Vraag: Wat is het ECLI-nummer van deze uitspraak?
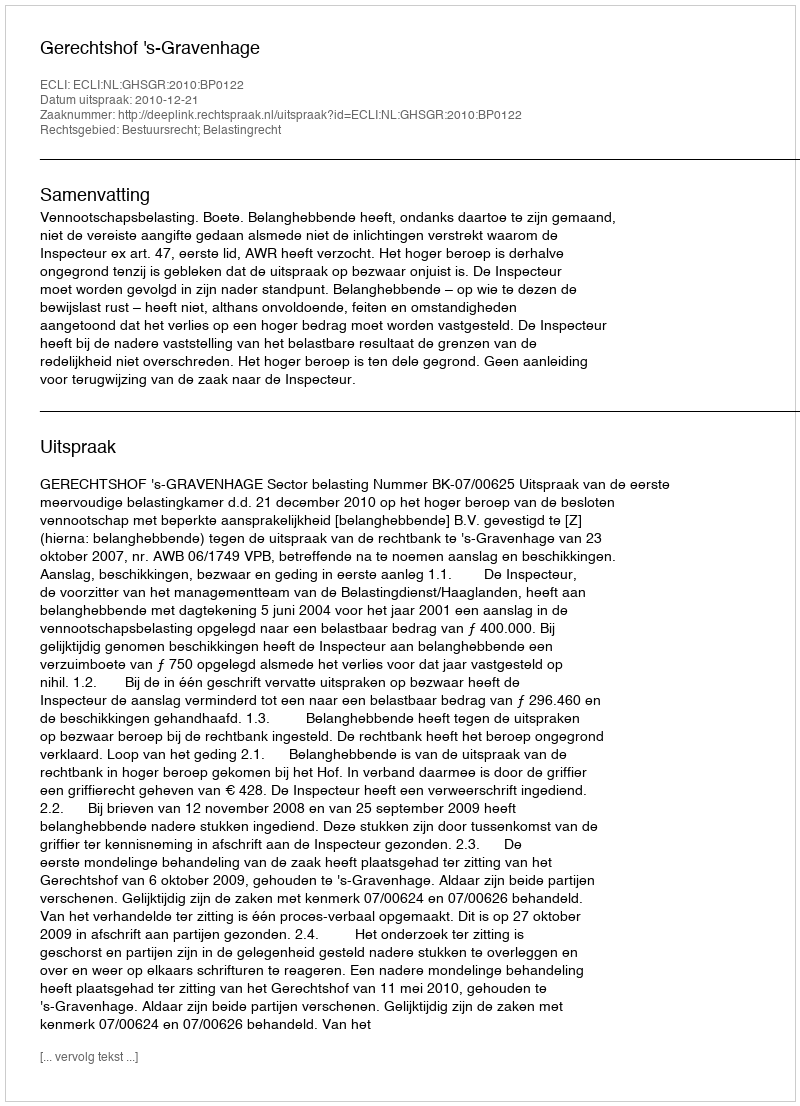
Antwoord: ECLI:NL:GHSGR:2010:BP0122